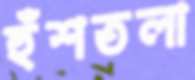
হুঁশতলা